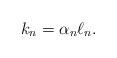
LaTeX: \begin{align*}k_n = \alpha_n \ell_n.\end{align*}